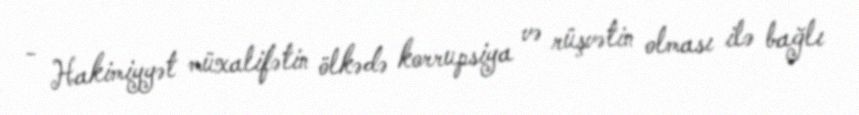
- Hakimiyyət müxalifətin ölkədə korrupsiya və rüşvətin olması ilə bağlı